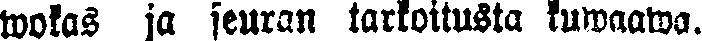
wokas ja seuran tarkoitusta kuwaawa.